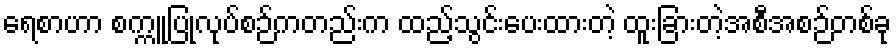
ရေစာဟာ စက္ကူပြုလုပ်စဉ်ကတည်းက ထည့်သွင်းပေးထားတဲ့ ထူးခြားတဲ့အစီအစဉ်တစ်ခု